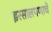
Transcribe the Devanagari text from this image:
इरसालपणाचे